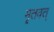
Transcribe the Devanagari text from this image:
मृतवत्‌